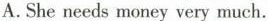
A.She needs money very much.